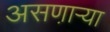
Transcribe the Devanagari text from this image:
असणा़ऱ्या